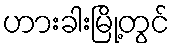
ဟားခါးမြို့တွင်